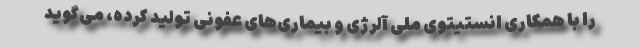
را با همکاری انستیتوی ملی آلرژی و بیماری‌های عفونی تولید کرده، می‌گوید